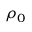
\rho _ { 0 }